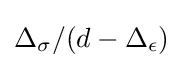
\Delta _{\sigma }/(d-\Delta _{\epsilon })